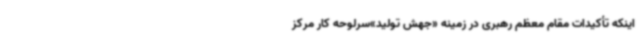
اینکه تأکیدات مقام معظم رهبری در زمینه «جهش تولید»سرلوحه کار مرکز